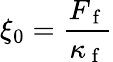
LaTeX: \xi_{0}=\frac{F_{\mathrm{~f~}}}{\kappa_{\mathrm{~f~}}}